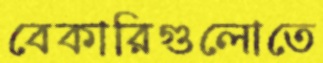
বেকারিগুলোতে